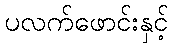
ပလက်ဖောင်းနှင့်